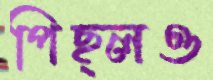
পিছ্‌লও